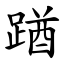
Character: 䠓